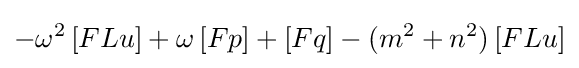
-\omega ^{2}\,[FLu]+\omega \,[Fp]+[Fq]-(m^{2}+n^{2})\,[FLu]